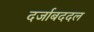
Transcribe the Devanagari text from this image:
दर्जाबददल